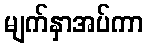
မျက်နှာအပ်ကာ